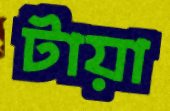
টায়া